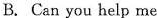
B. Can you help me